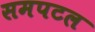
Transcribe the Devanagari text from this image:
समपटल